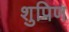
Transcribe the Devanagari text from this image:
शुपिण